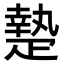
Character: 𤴢